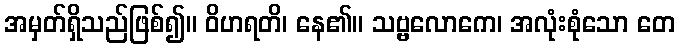
အမှတ်ရှိသည်ဖြစ်၍။ ဝိဟရတိ၊ နေ၏။ သဗ္ဗလောကေ၊ အလုံးစုံသော တေ